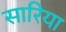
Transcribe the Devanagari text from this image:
सारिया